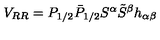
V _ { R R } = P _ { 1 / 2 } \bar { P } _ { 1 / 2 } S ^ { \alpha } \tilde { S } ^ { \beta } h _ { \alpha \beta }